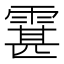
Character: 䨢